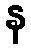
န